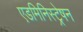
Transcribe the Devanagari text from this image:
एडमिनिस्ट्रेषन